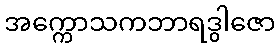
အက္ကောသကဘာရဒွါဇော